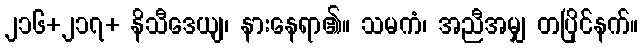
၂၁၆+၂၁၇+ နိသီဒေယျ၊ နားနေရာ၏။ သမကံ၊ အညီအမျှ တပြိုင်နက်။